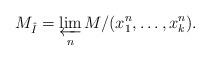
LaTeX: \begin{align*}M_{\hat I} = \varprojlim_n M/(x_1^n, \dots, x_k^n).\end{align*}